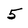
Character: 5